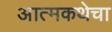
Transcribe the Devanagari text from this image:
आत्मकथेचा